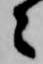
々